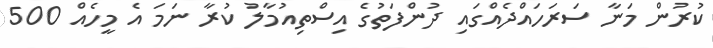
ކުރުން މަނާ ސަރަހައްދެއްގައި ދުންފަތުގެ އިސްތިއުމާލު ކުރާ ނަމަ އެ މީހެއް 500